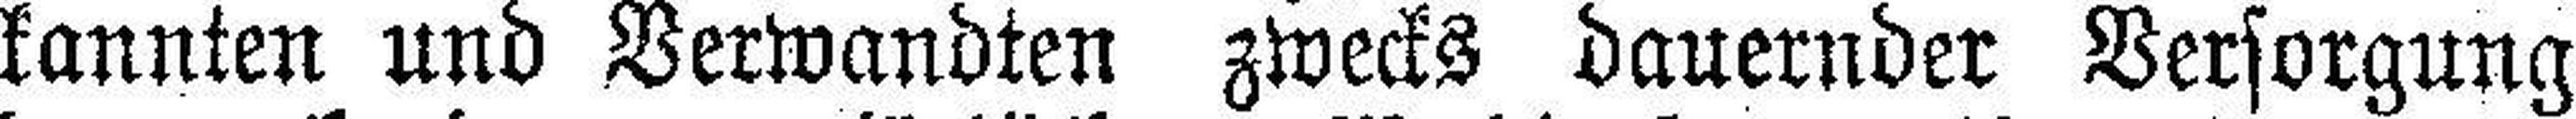
kannten und Verwandten zwecks dauernder Versorgung